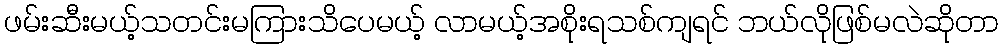
ဖမ်းဆီးမယ့်သတင်းမကြားသိပေမယ့် လာမယ့်အစိုးရသစ်ကျရင် ဘယ်လိုဖြစ်မလဲဆိုတာ